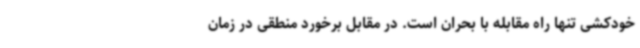
خودکشی تنها راه مقابله با بحران است. در مقابل برخورد منطقی در زمان